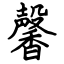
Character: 馨